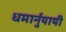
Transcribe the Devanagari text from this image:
धमार्नुयायी